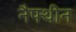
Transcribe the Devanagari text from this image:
नैफ्थीन